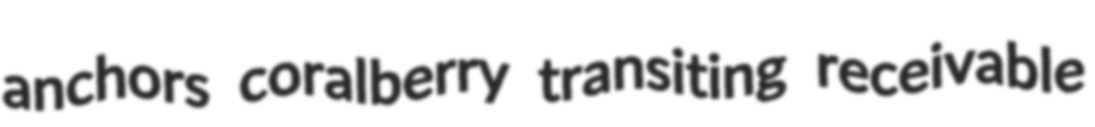
anchors coralberry transiting receivable